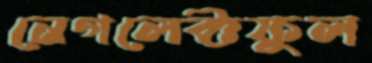
নেগলেক্টফুল